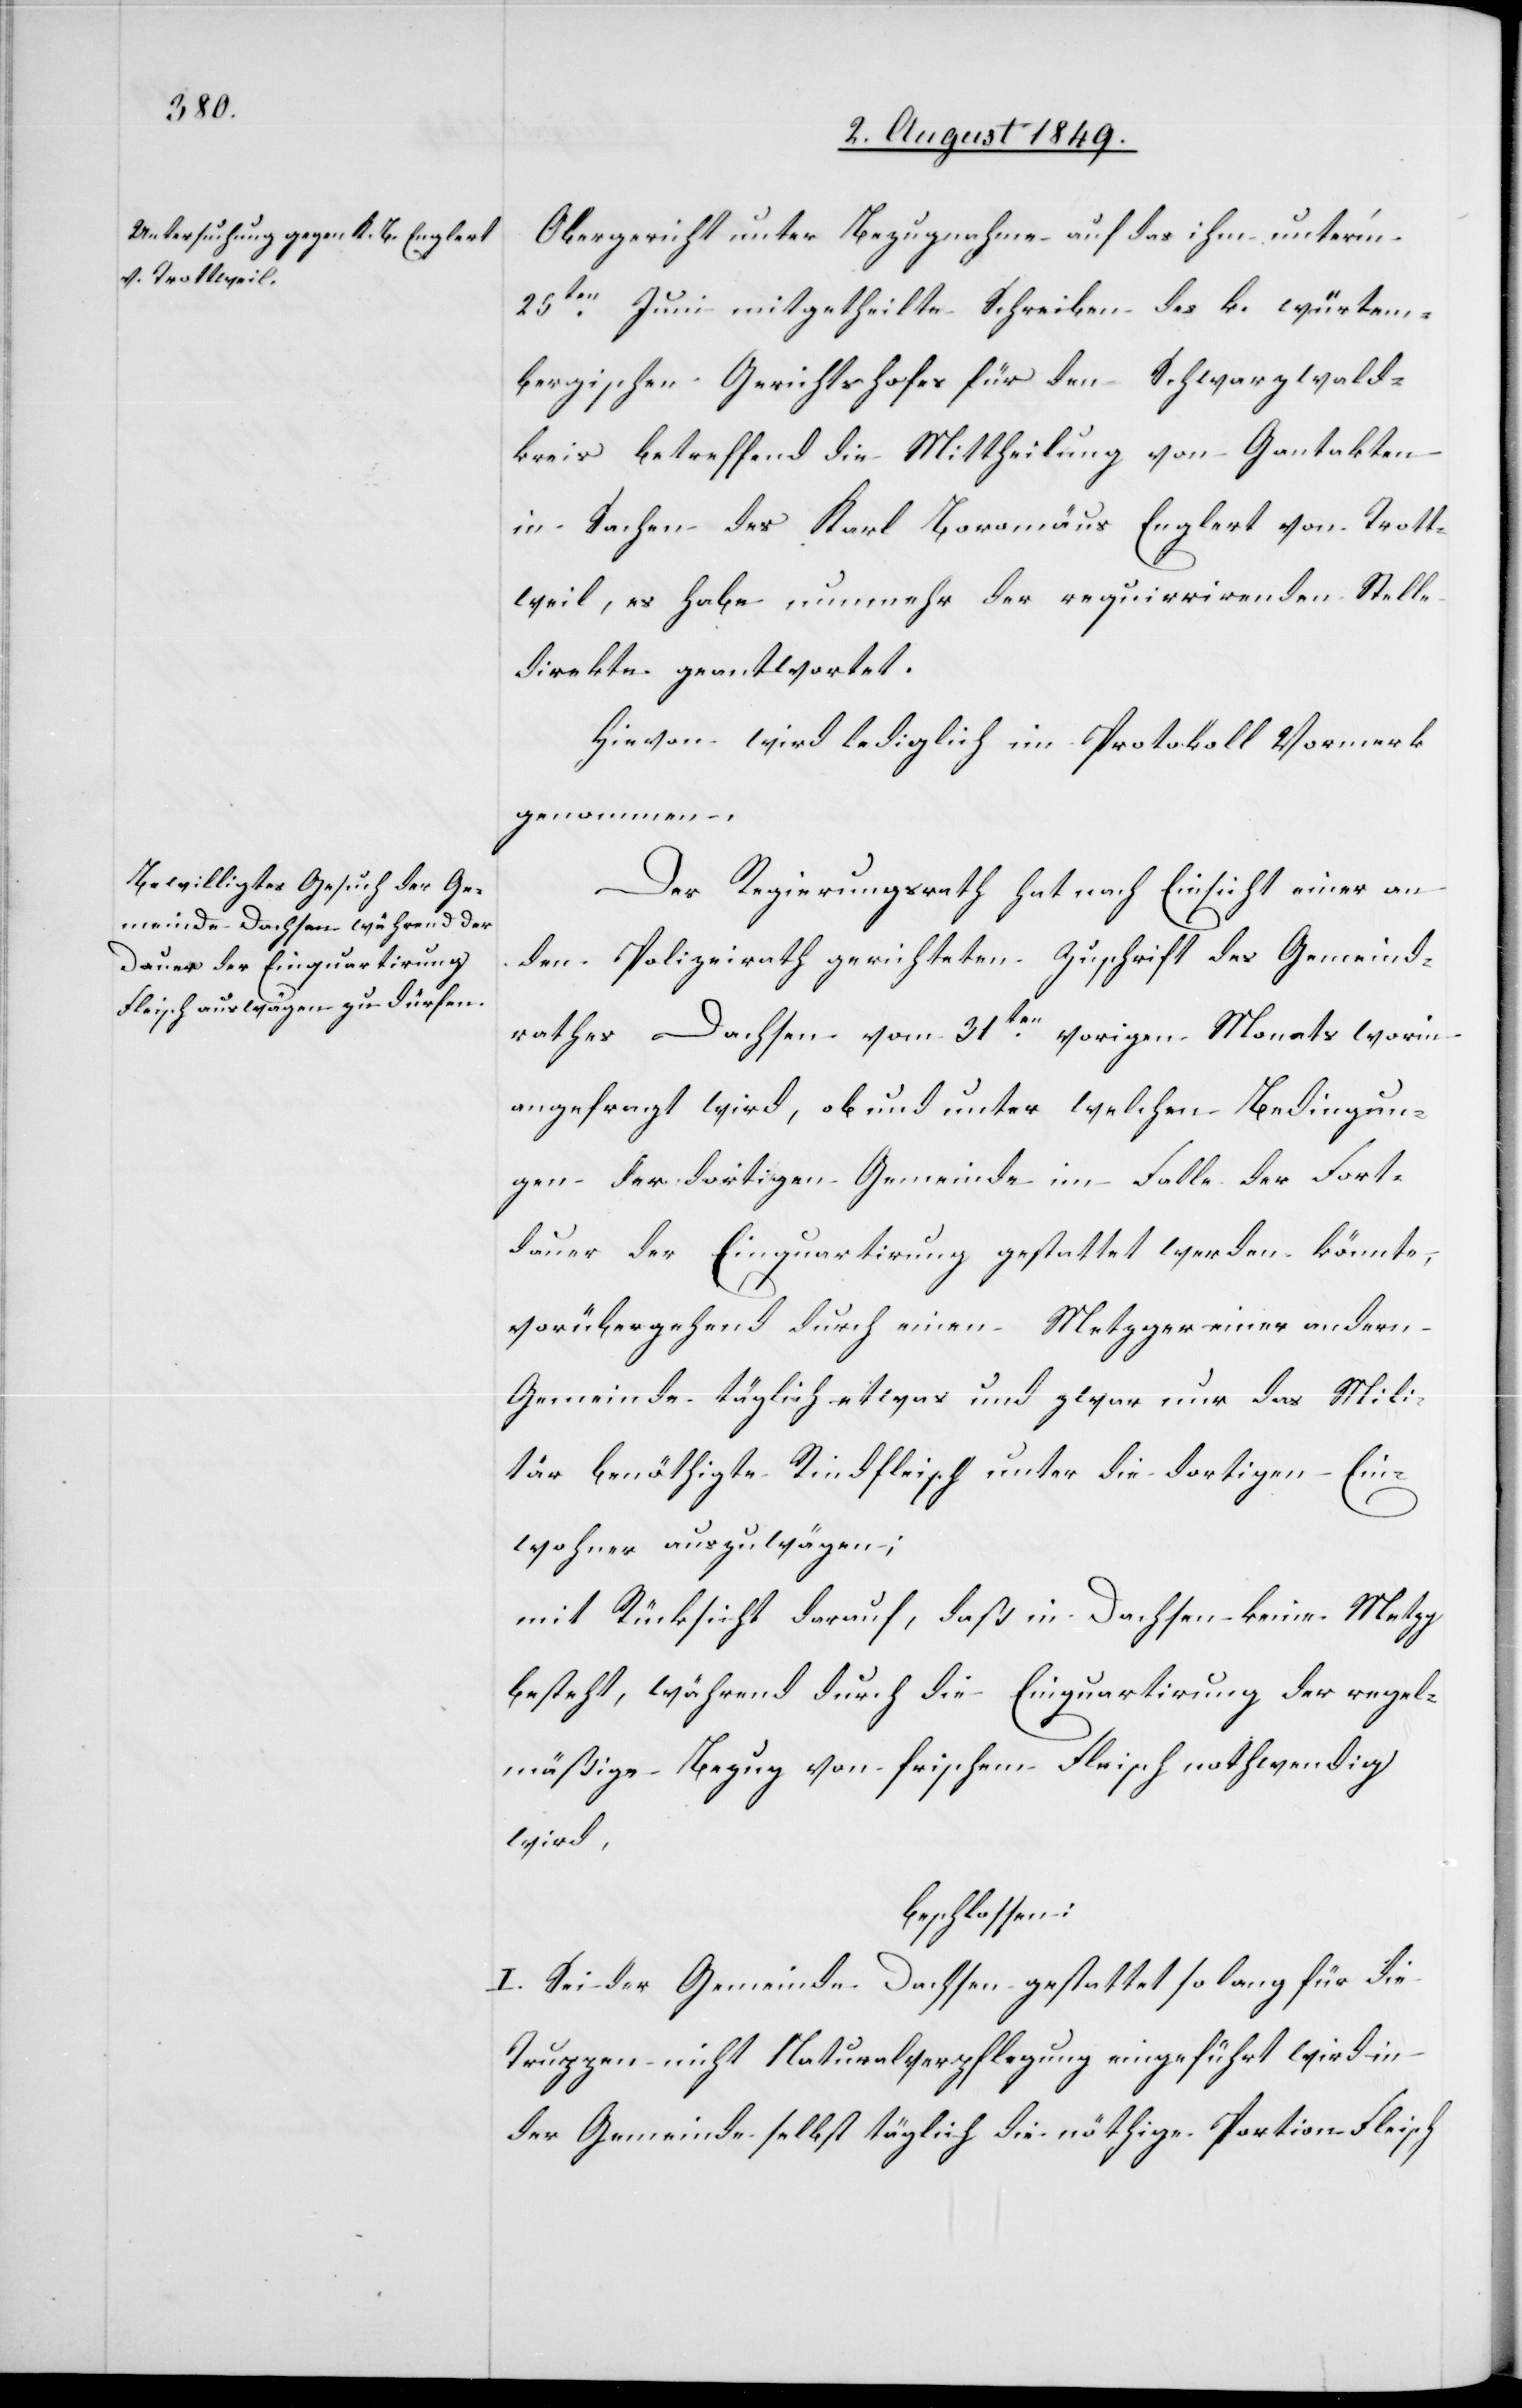
Obergericht unter Bezugnahme auf das ihm unter’m
25ten Juni mitgetheilte Schreiben des k. würtem¬
bergischen Gerichtshofes für den Schwarzwald¬
kreis betreffend die Mittheilung von Gantakten
in Sachen des Karl Boromäus Englert von Trott¬
weil, es habe nunmehr der requirrirenden Stelle
direkte geantwortet.
Hievon wird lediglich im Protokoll Vormerk
genommen.
Der Regierungsrath hat nach Einsicht einer an
den Polizeirath gerichteten Zuschrift des Gemeind¬
rathes Dachsen vom 31ten vorigen Monats worin
angefragt wird, ob und unter welchen Bedingun¬
gen der dortigen Gemeinde im Falle der Fort¬
dauer der Einquartirung gestattet werden könnte,
vorübergehend durch einen Metzger einer andern
Gemeinde täglich etwas und zwar nur das Mili¬
tär benöthigte Rindfleisch unter die dortigen Ein¬
wohner auszuwägen;
mit Rücksicht darauf, daß in Dachsen keine Metzg
besteht, während durch die Einquartirung der regel¬
mäßige Bezug von frischem Fleisch nothwendig
wird.
beschlossen:
I. Sei der Gemeinde Dachsen gestattet so lang für die
Truppen nicht Naturalverpflegung eingeführt wird in
der Gemeinde selbst täglich die nöthige Portion Fleisch